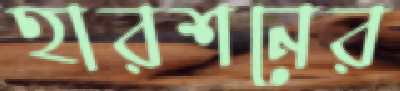
হারশনের